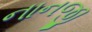
નાનજી